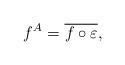
LaTeX: \begin{align*}f^A = \overline{f \mathbin{\circ} \varepsilon},\end{align*}